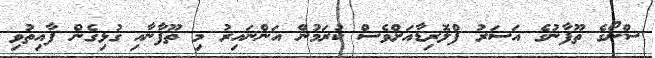
ސްނޯގެ ތޫފާނުގެ އަސަރު ފްލޮރިޑާއަށްވެސް ކުރަމުން އަންނައިރު މި ތޫފާނާއި ގުޅިގެން ފާއިތުވި